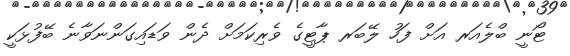
ޓޯނީ ބްލެއަރ އަށް ފަހު ލޭބަރ ޕާޓީގެ ވެރިކަމަށް ދެން ވަޑައިގަންނަވާނެ ބޭފުޅަކީ